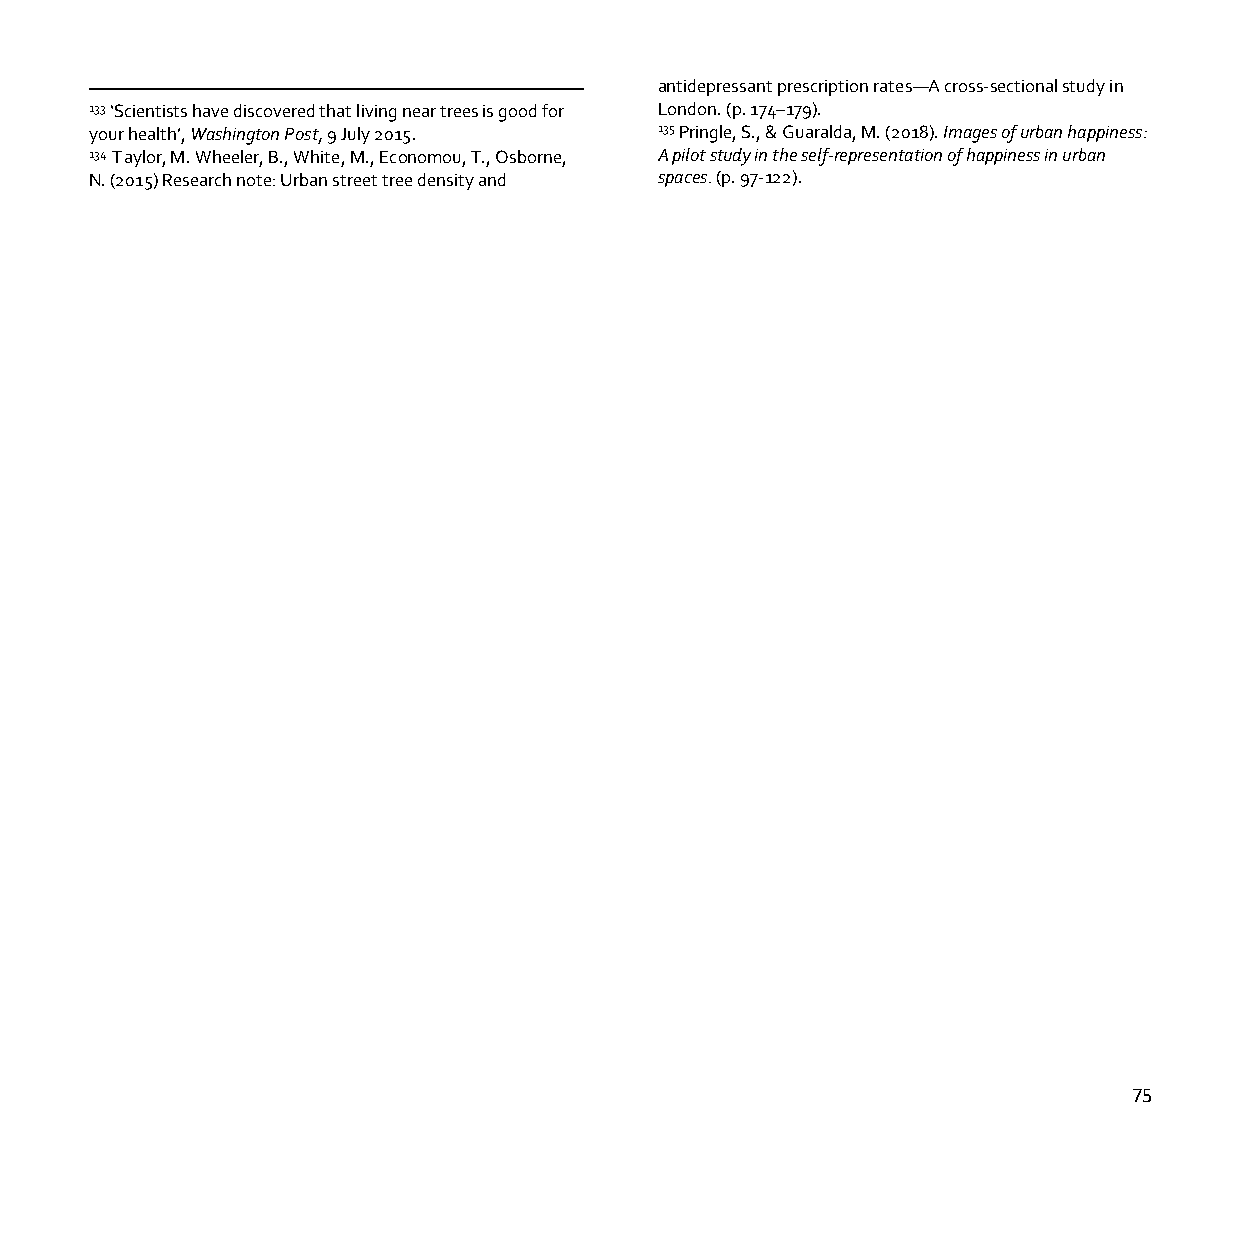
antidepressant prescription rates—A cross-sectional study in
 133 ‘Scientists have discovered that living near trees is good for London. (p. 174–179).
 your health’, Washington Post, 9 July 2015. 135 Pringle, S., & Guaralda, M. (2018). Images of urban happiness:
 134 Taylor, M. Wheeler, B., White, M., Economou, T., Osborne, A pilot study in the self-representation of happiness in urban
 N. (2015) Research note: Urban street tree density and spaces. (p. 97-122).
 75